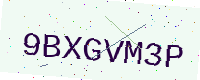
Text: 9BXGVM3P